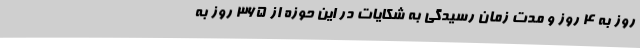
روز به 4 روز و مدت زمان رسیدگی به شکایات در این حوزه از 365 روز به